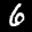
Label: 6